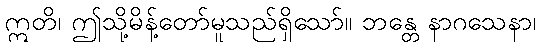
ဣတိ၊ ဤသို့မိန့်တော်မူသည်ရှိသော်။ ဘန္တေ နာဂသေနာ၊